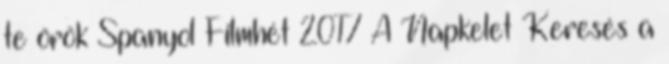
te örök Spanyol Filmhét 2017 A Napkelet Keresés a